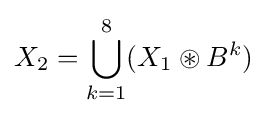
X_{2}=\bigcup _{k=1}^{8}(X_{1}\circledast B^{k})